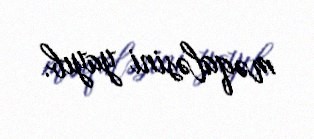
məqaləsini yayıb.